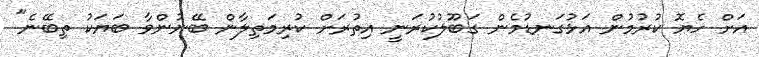
އަށް ހެޔޮ ކުރުމުން އަޅުގަނޑުމެން ގަބޫލުކުރަނީ އިތުރަށް ކުރިމަތިލާން ބޭނުންވާ ބަޔަކު ތިބޭނެ"